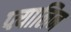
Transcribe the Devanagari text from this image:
प्त्यालिन